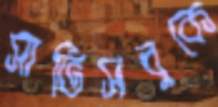
সার্ভিসবুকে